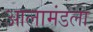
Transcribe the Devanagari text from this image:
आलामंडला